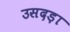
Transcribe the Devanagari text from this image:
उसदड़ा